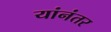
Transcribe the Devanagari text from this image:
यांनंतर